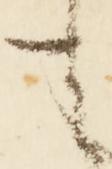
も